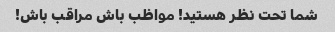
شما تحت نظر هستید! مواظب باش مراقب باش!